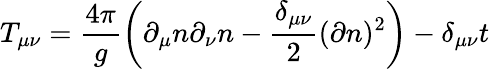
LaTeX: T_{\mu\nu}=\frac{4\pi}{g}\left(\partial_{\mu}n\partial_{\nu}n-\frac{\delta_{\mu\nu}}{2}(\partial n)^{2}\right)-\delta_{\mu\nu}t